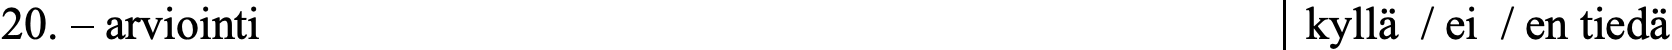
20. – arviointi                            kyllä / ei / en tiedä